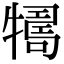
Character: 𤛴